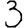
Digit: 3